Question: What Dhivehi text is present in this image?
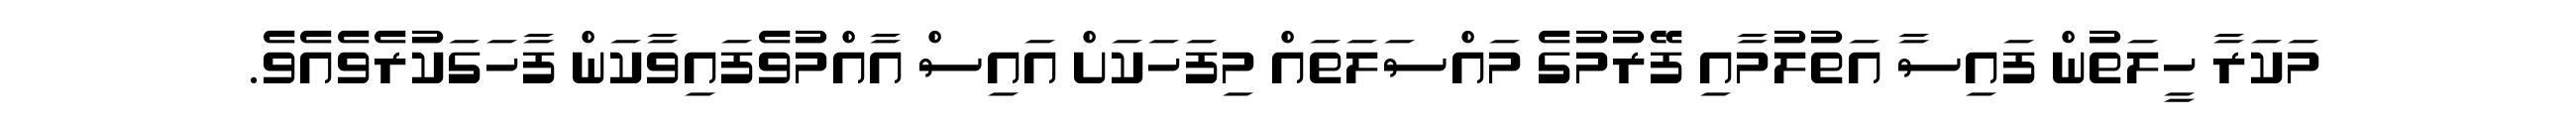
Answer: މަކަރާ ހީލަތުން ފައިސާ އަތުލުމާއި ފޭރުމުގެ މައްސަލަތައް މިފަހަކަށް އައިސް އާއްމުވެފައިވާކަން ފާހަގަކުރެވެއެވެ.